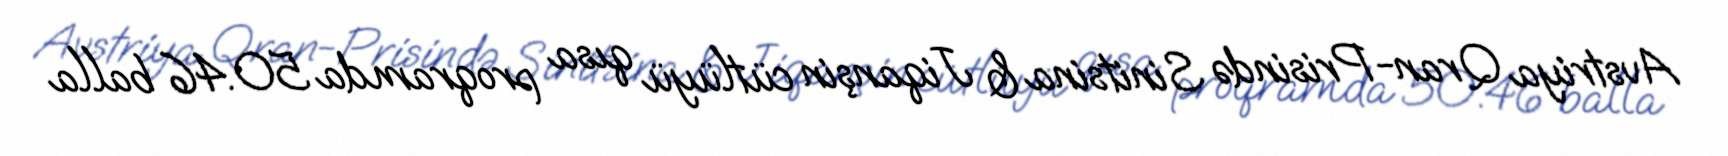
Avstriya Qran-Prisində Sinitsina & Jiqanşin cütlüyü qısa proqramda 50.46 balla